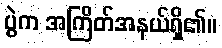
ပွဲက အကြိတ်အနယ်ရှိ၏။